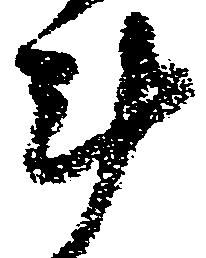
斗